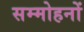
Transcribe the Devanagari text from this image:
सम्मोहनों